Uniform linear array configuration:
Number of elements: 32
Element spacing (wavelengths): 0.25
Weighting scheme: uniform
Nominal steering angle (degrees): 15
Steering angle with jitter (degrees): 14.39
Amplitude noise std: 0.05
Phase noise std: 0.05

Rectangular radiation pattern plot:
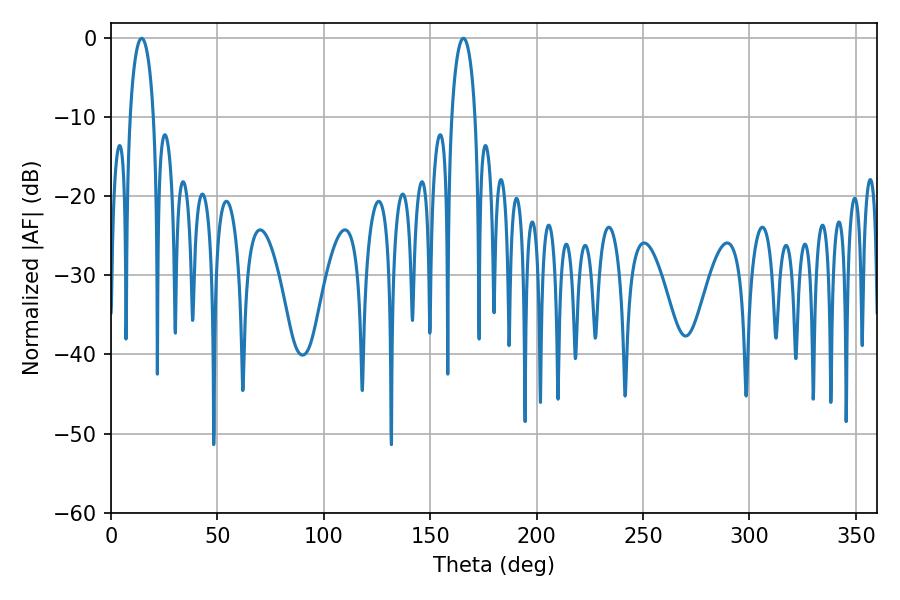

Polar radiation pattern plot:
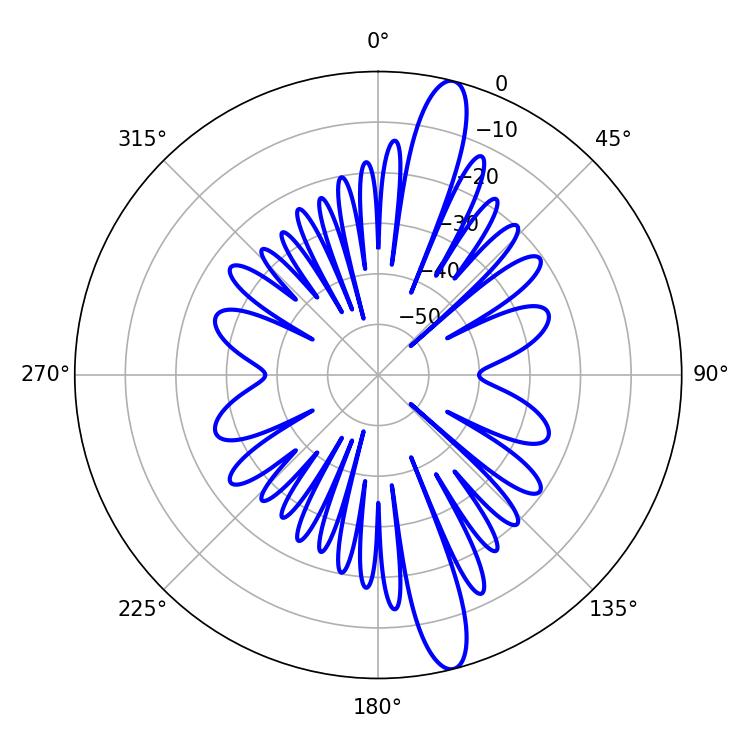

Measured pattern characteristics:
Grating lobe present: FALSE
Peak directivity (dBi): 14.935
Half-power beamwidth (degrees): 6.48
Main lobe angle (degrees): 14.4